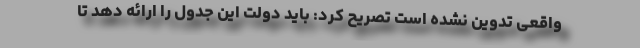
واقعی تدوین نشده است تصریح کرد: باید دولت این جدول را ارائه دهد تا